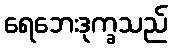
ရေဘေးဒုက္ခသည်